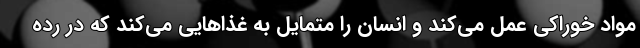
مواد خوراکی عمل می‌کند و انسان را متمایل به غذاهایی می‌کند که در رده